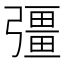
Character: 彊